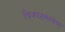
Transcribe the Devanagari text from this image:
चित्रपटसंस्थेचा